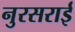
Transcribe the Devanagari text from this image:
नुरसराई